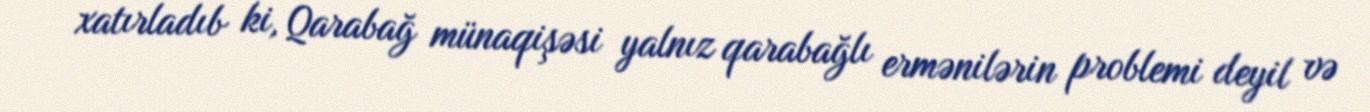
xatırladıb ki, Qarabağ münaqişəsi yalnız qarabağlı ermənilərin problemi deyil və